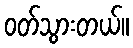
ဝတ်သွားတယ်။